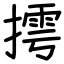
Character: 摴